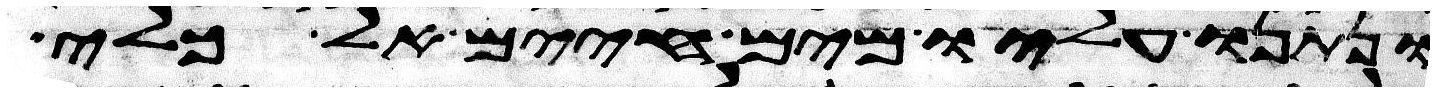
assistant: ונתנו עליו מים חיים אל כלי